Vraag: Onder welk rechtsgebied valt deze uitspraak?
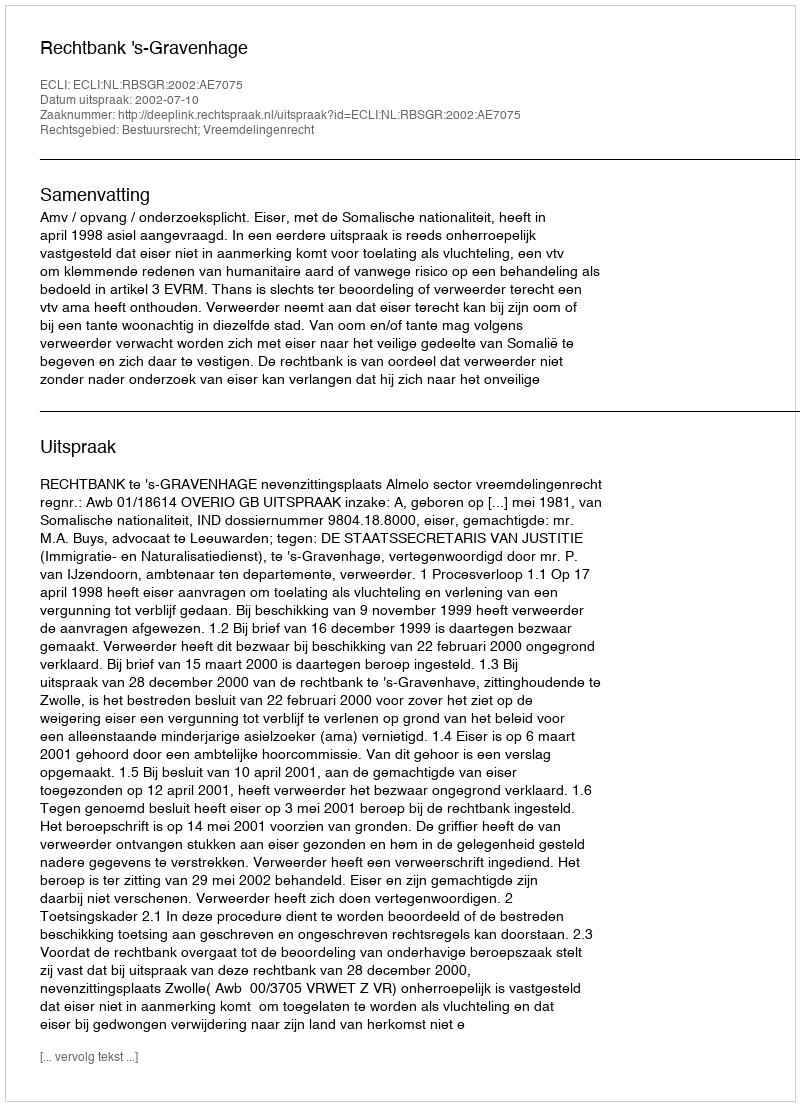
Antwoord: Bestuursrecht; Vreemdelingenrecht